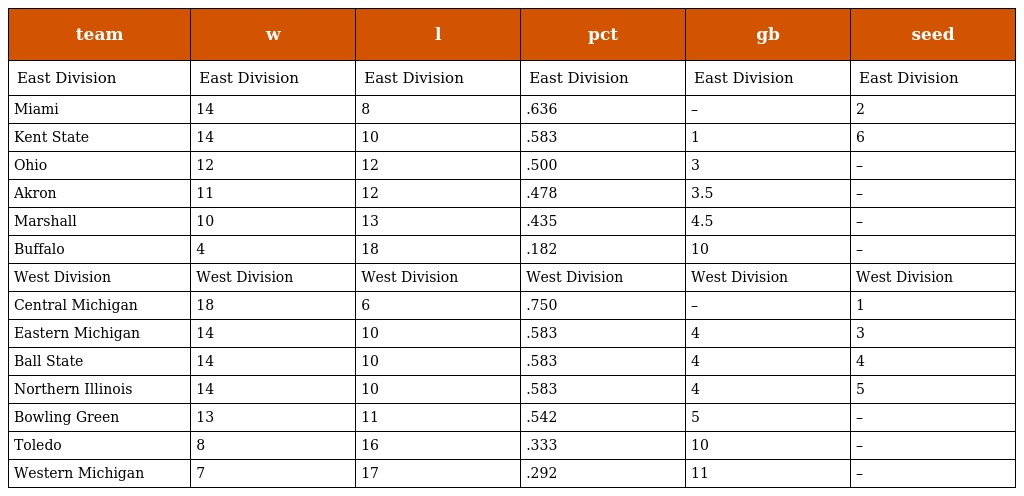
| team | w | l | pct | gb | seed |
 | --- | --- | --- | --- | --- | --- |
 | East Division | East Division | East Division | East Division | East Division | East Division |
 | Miami | 14 | 8 | .636 | – | 2 |
 | Kent State | 14 | 10 | .583 | 1 | 6 |
 | Ohio | 12 | 12 | .500 | 3 | – |
 | Akron | 11 | 12 | .478 | 3.5 | – |
 | Marshall | 10 | 13 | .435 | 4.5 | – |
 | Buffalo | 4 | 18 | .182 | 10 | – |
 | West Division | West Division | West Division | West Division | West Division | West Division |
 | Central Michigan | 18 | 6 | .750 | – | 1 |
 | Eastern Michigan | 14 | 10 | .583 | 4 | 3 |
 | Ball State | 14 | 10 | .583 | 4 | 4 |
 | Northern Illinois | 14 | 10 | .583 | 4 | 5 |
 | Bowling Green | 13 | 11 | .542 | 5 | – |
 | Toledo | 8 | 16 | .333 | 10 | – |
 | Western Michigan | 7 | 17 | .292 | 11 | – |